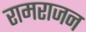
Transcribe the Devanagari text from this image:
रामराजन